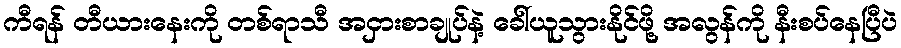
ကီရန် တီယားနေးကို တစ်ရာသီ အငှားစာချုပ်နဲ့ ခေါ်ယူသွားနိုင်ဖို့ အလွန်ကို နီးစပ်နေပြီပဲ